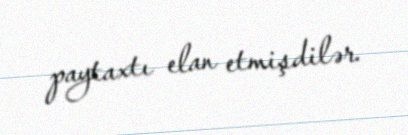
paytaxtı elan etmişdilər.